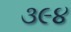
૩૯૪